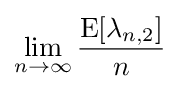
\lim _{n\to \infty }{\frac {\operatorname {E} [\lambda _{n,2}]}{n}}